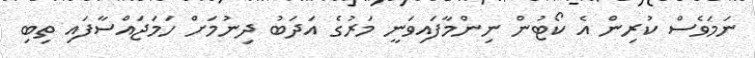
ނަމަވެސް ކުރިން އެ ކޯޓުން ނިންމާފައިވަނީ މަރުގެ އަދަބު ދިނުމަށް ހަމަޖައްސާފައި ތިބި